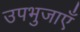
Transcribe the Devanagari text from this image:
उपभुजाएँ